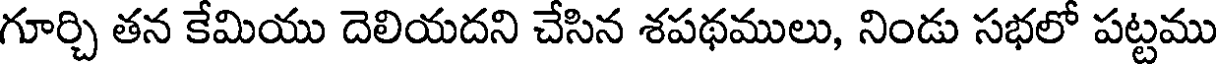
గూర్చి తన కేమియు దెలియదని చేసిన శపథములు, నిండు సభలో పట్టము